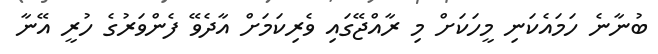
ބުނާނެ ހަމައެކަނި މީހަކަށް މި ރާއްޖޭގައި ވެރިކަމަށް އާދެވޭ ފެންވަރުގެ ހުރީ އޭނާ